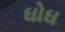
ઘોઘ